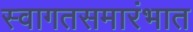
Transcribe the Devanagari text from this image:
स्वागतसमारंभात